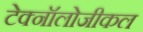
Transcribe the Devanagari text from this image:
टेक्नॉलोजीकल